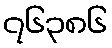
၇၆၃၈၆